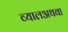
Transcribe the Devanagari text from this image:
व्यालअथवा